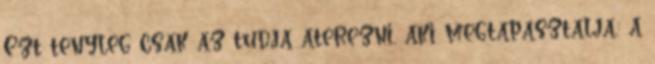
Ezt tenyleg csak az tudja aterezni, aki megtapasztalja.: a